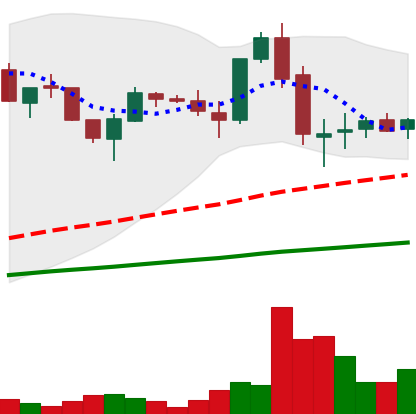
Ticker: LTC-USD
Chart end date: 2017-05-31
Forward return: 21.922%
Label: up_7plus